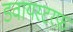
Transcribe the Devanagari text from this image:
डवायस्टरफ़